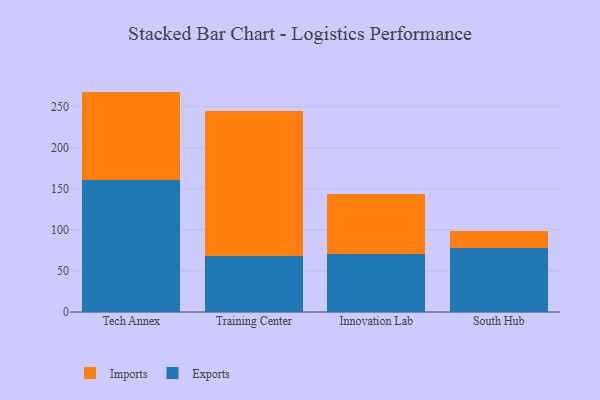
{"axis": {"x": "Campus", "y": "Tickets Resolved"}, "legend": ["Exports", "Imports"], "data": [{"x": "Tech Annex", "y": 160.9, "type": "Exports"}, {"x": "Tech Annex", "y": 107.3, "type": "Imports"}, {"x": "Training Center", "y": 67.9, "type": "Exports"}, {"x": "Training Center", "y": 177.0, "type": "Imports"}, {"x": "Innovation Lab", "y": 70.1, "type": "Exports"}, {"x": "Innovation Lab", "y": 73.7, "type": "Imports"}, {"x": "South Hub", "y": 78.2, "type": "Exports"}, {"x": "South Hub", "y": 20.0, "type": "Imports"}]}